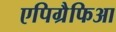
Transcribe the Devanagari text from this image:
एपिग्रैफिआ